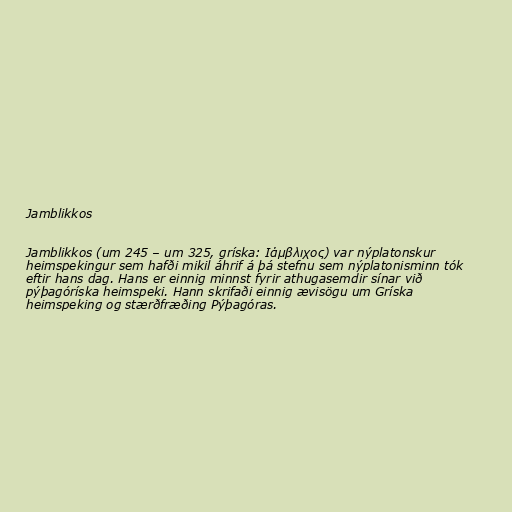
Jamblikkos

Jamblikkos (um 245 – um 325, gríska: Ιάμβλιχος) var nýplatonskur
heimspekingur sem hafði mikil áhrif á þá stefnu sem nýplatonisminn tók
eftir hans dag. Hans er einnig minnst fyrir athugasemdir sínar við
pýþagóríska heimspeki. Hann skrifaði einnig ævisögu um Gríska
heimspeking og stærðfræðing Pýþagóras.